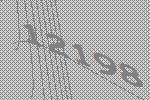
12198